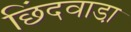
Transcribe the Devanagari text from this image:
छिंदवाडा़